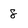
Character: 8